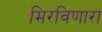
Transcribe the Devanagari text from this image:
मिरविणारा